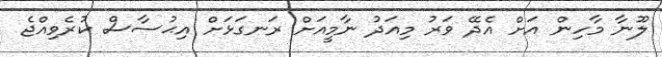
ލޫނާ މާހިން އަށް އެދޭ ވަރު މިއަދު ނާމީއަށް ރަނގަޅަށް އިޙުސާސް ކުރެވިއްޖެ